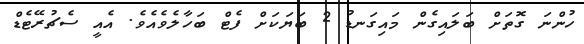
ހުންނަ ގޮތަށް ބަލައިގެން މައިގަނޑު 2 ބަޔަކަށް ފެޓް ބަހާލެވެއެވެ. އެއީ ސެޗުރޭޓެޑް